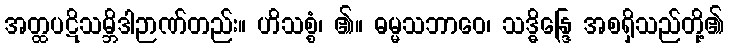
အတ္ထပဋိသမ္ဘိဒါဉာဏ်တည်း။ ဟိသစ္စံ၊ ၏။ ဓမ္မသဘာဝေ၊ သဒ္ဓိန္ဒြေ အစရှိသည်တို့၏